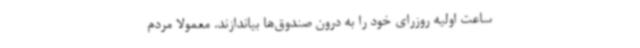
ساعت اولیه روزرای خود را به درون صندوق‌ها بیاندازند. معمولاً مردم